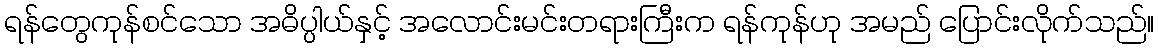
ရန်တွေကုန်စင်သော အဓိပ္ပါယ်နှင့် အလောင်းမင်းတရားကြီးက ရန်ကုန်ဟု အမည် ပြောင်းလိုက်သည်။